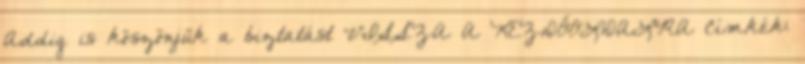
Addig is köszönjük a biztatást VISSZA A KEZDŐOLDALRA Címkék: